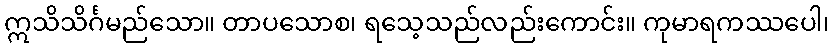
ဣသိသိင်္ဂမည်သော။ တာပသောစ၊ ရသေ့သည်လည်းကောင်း။ ကုမာရကဿပေါ၊